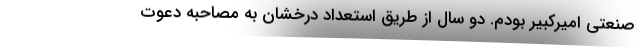
صنعتی امیرکبیر بودم. دو سال از طریق استعداد درخشان به مصاحبه دعوت